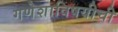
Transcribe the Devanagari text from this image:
गणेशाविषयीची